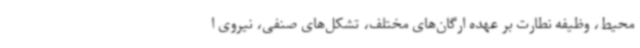
محیط، وظیفه نطارت بر عهده ارگان‌های مختلف، تشکل‌های صنفی، نیروی ا